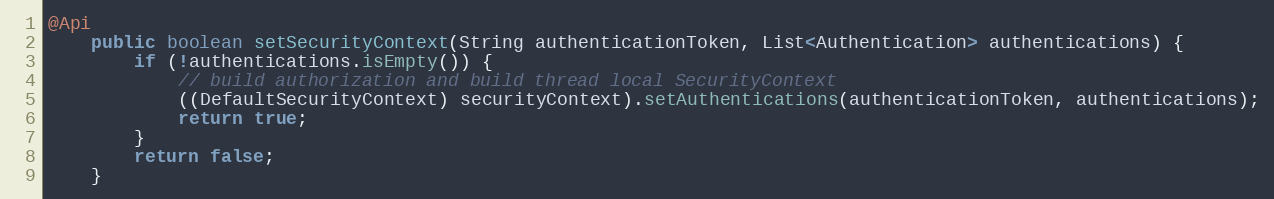
Language: Java
@Api
	public boolean setSecurityContext(String authenticationToken, List<Authentication> authentications) {
		if (!authentications.isEmpty()) {
			// build authorization and build thread local SecurityContext
			((DefaultSecurityContext) securityContext).setAuthentications(authenticationToken, authentications);
			return true;
		}
		return false;
	}